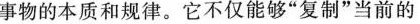
事物的本质和规律。它不仅能够”复制”当前的